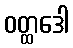
ဝတ္ထဒေါ